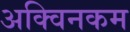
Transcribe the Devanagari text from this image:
अक्विनकम